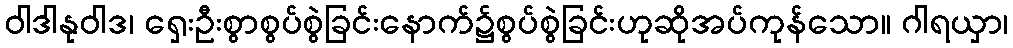
ဝါဒါနုဝါဒ၊ ရှေးဦးစွာစွပ်စွဲခြင်းနောက်၌စွပ်စွဲခြင်းဟုဆိုအပ်ကုန်သော။ ဂါရယှာ၊